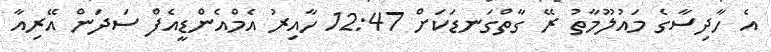
އެ ހާދިސާގެ މައުލޫމާތު ރޭ ގާތްގަނޑަކަށް 12:47 ހާއިރު އެމްއެންޑީއެފް ސަދަން އޭރިއާ